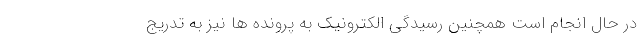
در حال انجام است همچنین رسیدگی الکترونیک به پرونده ها نیز به تدریج